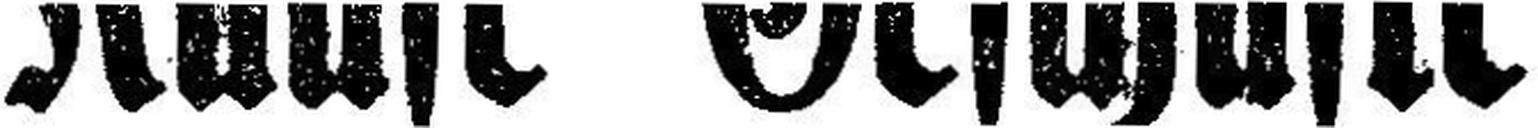
Koufe Geschäfte